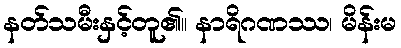
နတ်သမီးနှင့်တူ၏။ နာရိဂဏဿ၊ မိန်းမ